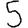
Digit: 5